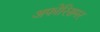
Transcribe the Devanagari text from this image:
अफोरिसमर